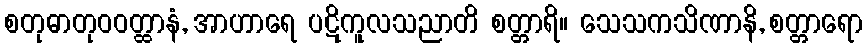
စတုဓာတုဝဝတ္ထာနံ, အာဟာရေ ပဋိကူလသညာတိ စတ္တာရိ။ သေသကသိဏာနိ, စတ္တာရော